Report of the Municipal Commissioner on the plague in Bombay for the year ending 31st May... - Volume 3
Disease focus: Plague
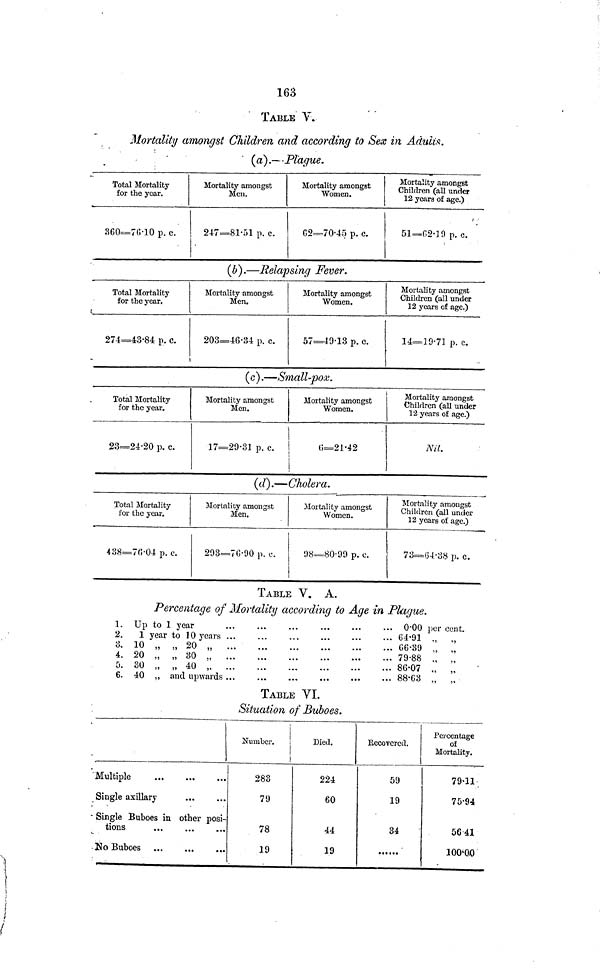
163
TABLE V.
Mortality amongst Children and according to Sex in Adults.
(a).— Plague.
Total Mortality
for the year.
360=70·10 p. c.
Mortality amongst
Men.
247=81·51 p. c.
Mortality amongst
Women.
62=70·45 p. c.
Mortality amongst
Children (all under
12 years of age.)
51=02·19 p. c.
(b).—Relapsing Fever.
Total Mortality
for the year.
274=43·84 p. c.
Mortality amongst
Men.
203=46·34 p. c.
Mortality amongst
Women.
57=49·13 p. c.
Mortality amongst
Children (all under
12 years of age.)
14=19·71 p. c.
(c).—Small-pox.
Total Mortality
for the year.
23=24·20 p. c.
Mortality amongst
Men.
17=29·31 p. c.
Mortality amongst
Women.
0=21·42
Mortality amongst
Children (all under
12 years of age.)
Nil.
(d).—Cholera.
Total Mortality
for the year.
438=70·04 p. c.
Mortality amongst
Men.
293=70·90 p. c.
Mortality amongst
Women.
98=80·99 p. c.
Mortality amongst
Children (all under
12 years of age.)
73=64·38 p. c.
TABLE V. A.
Percentage of Mortality according to Age in Plague.
1.
2.
3.
4.
5.
6.
Up to 1 year
1 year to 10
years
10 „ „ 20 „
20 „ „ 30 „
30 „ „ 40 „
40 ,, and
upwards
0·00 per cent.
64·91
66·39
79·88
86·07
88·63
TABLE VI.
Situation of Buboes.
"Multiple
Single axillary
• Single Buboes in other posi-
tions
No Buboes
Number.
Died.
283
79
78
19
224
60
44
19
Recovered.
59
19
34
Percentage
of
Mortality.
79·11
75·94
56·41
100·00